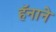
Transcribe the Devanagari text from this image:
हॅनाने